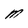
Character: M